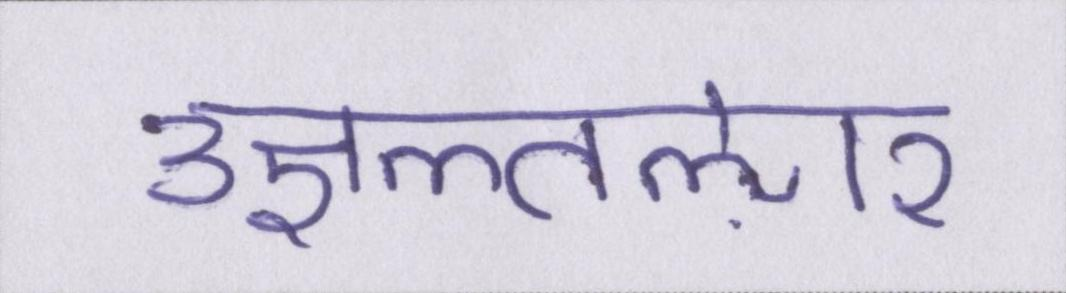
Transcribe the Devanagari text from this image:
उज्ञल्तऌार